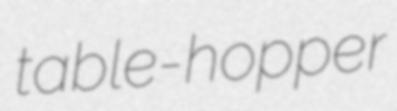
table-hopper